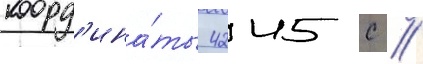
коорд'ина́ты 4245 с //